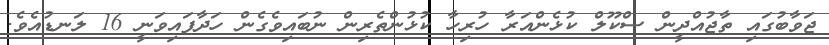
ޖަވާބުގައި ތާޖުއްދީން ސްކޫލް ކުޅެންއަރާ ހުރިހާ ކުޅުންތެރިން ނުބައިވެގެން ހަދާފައިވަނީ 16 ލަނޑުއެވެ.